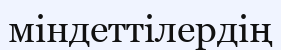
міндеттілердің